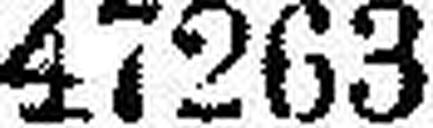
47263